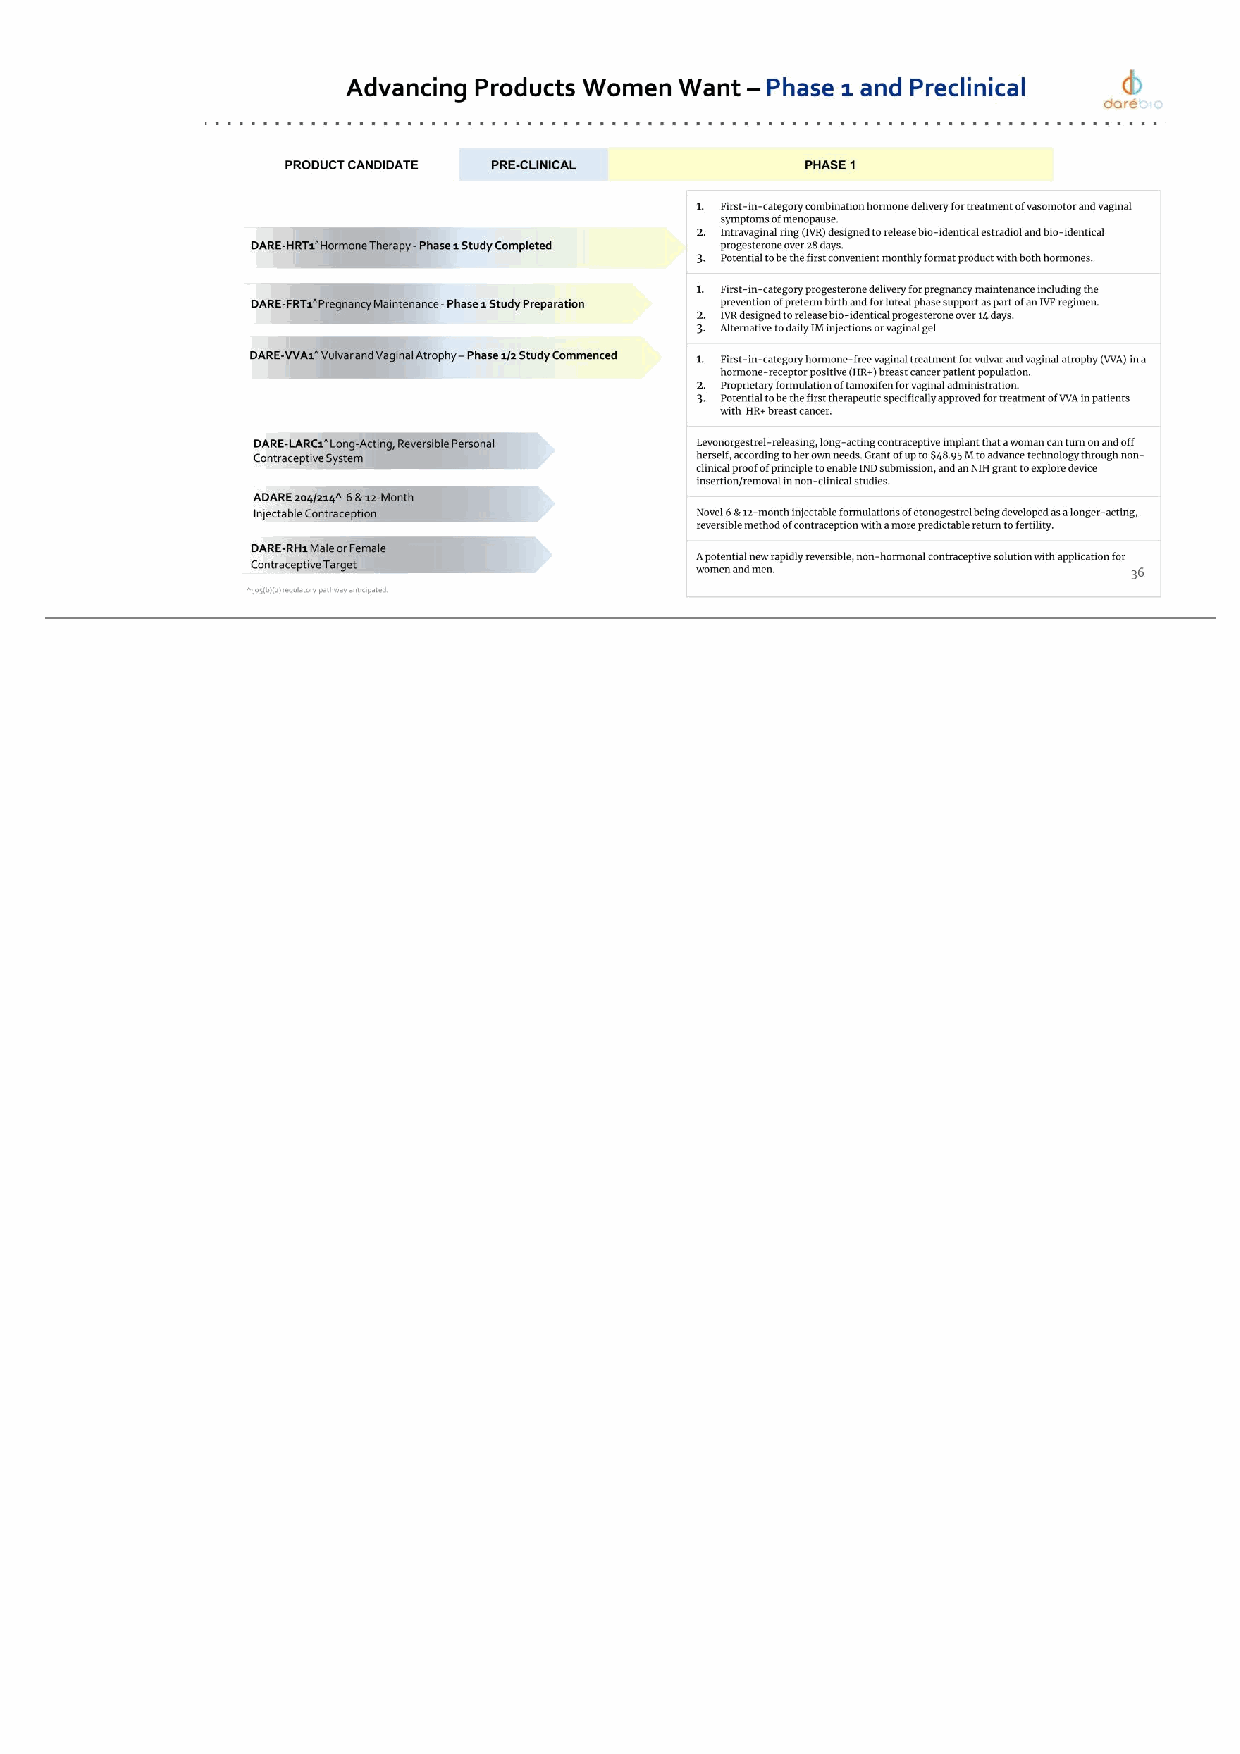
DARE-HRT1^ Hormone Therapy - Phase 1 Study Completed DARE-FRT1^ Pregnancy Maintenance - Phase 1 Study Preparation DARE-VVA1^ Vulvar and Vaginal Atrophy – Phase 1/2 Study Commenced DARE-LARC1^ Long-Acting, Reversible Personal Contraceptive System ADARE 204/214^ 6 & 12-Month Injectable Contraception ^505(b)(2) regulatory pathway anticipated. PRODUCT CANDIDATE PRE-CLINICAL PHASE 1 DARE-RH1 Male or Female Contraceptive Target 1. First-in-category combination hormone delivery for treatment of vasomotor and vaginal symptoms of menopause. 2. Intravaginal ring (IVR) designed to release bio-identical estradiol and bio-identical progesterone over 28 days. 3. Potential to be the first convenient monthly format product with both hormones. 1. First-in-category progesterone delivery for pregnancy maintenance including the prevention of preterm birth and for luteal phase support as part of an IVF regimen. 2. IVR designed to release bio-identical progesterone over 14 days. 3. Alternative to daily IM injections or vaginal gel 1. First-in-category hormone-free vaginal treatment for vulvar and vaginal atrophy (VVA) in a hormone-receptor positive (HR+) breast cancer patient population. 2. Proprietary formulation of tamoxifen for vaginal administration. 3. Potential to be the first therapeutic specifically approved for treatment of VVA in patients with HR+ breast cancer. Levonorgestrel-releasing, long-acting contraceptive implant that a woman can turn on and off herself, according to her own needs. Grant of up to $48.95 M to advance technology through non- clinical proof of principle to enable IND submission, and an NIH grant to explore device insertion/removal in non-clinical studies. Novel 6 & 12-month injectable formulations of etonogestrel being developed as a longer-acting, reversible method of contraception with a more predictable return to fertility. A potential new rapidly reversible, non-hormonal contraceptive solution with application for women and men. Advancing Products Women Want – Phase 1 and Preclinical 36